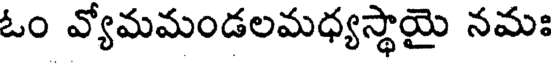
ఓం వ్యోమమండలమధ్యస్థాయై నమః